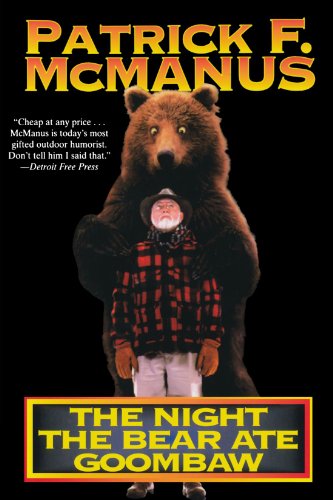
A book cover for The Night the Bear Ate Goombaw; Patrick F. McManus; Humor & Entertainment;